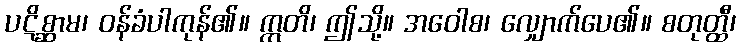
ပဋိစ္ဆာမ၊ ဝန်ခံပါကုန်၏။ ဣတိ၊ ဤသို့။ အဝေါစ၊ လျှောက်ပေ၏။ စတုတ္ထီ၊